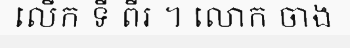
លើក ទី ពីរ ។ លោក ចាង